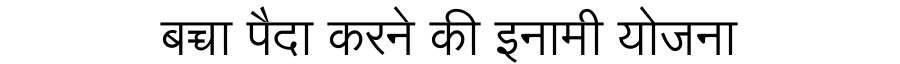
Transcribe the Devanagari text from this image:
बच्चा पैदा करने की इनामी योजना